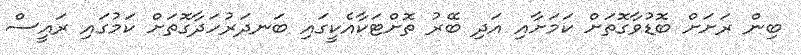
ބިން ރަށަށް ބޮޑުވާގޮތަށް ކަމަށާއި އަދި ބޭރު ތޮށްޓަކާއެކީގައި ބަނދަރުހަދާގޮތަށް ކަމުގައި ރައީސް